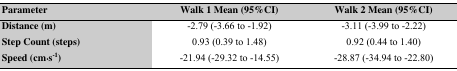
<table><thead><tr><td><b>Parameter</b></td><td><b>Walk 1 Mean (95%CI)</b></td><td><b>Walk 2 Mean (95%CI)</b></td></tr></thead><tbody><tr><td><b>Distance (m)</b></td><td>-2.79 (-3.66 to -1.92)</td><td>-3.11 (-3.99 to -2.22)</td></tr><tr><td><b>Step Count (steps)</b></td><td>0.93 (0.39 to 1.48)</td><td>0.92 (0.44 to 1.40)</td></tr><tr><td><b>Speed (cm·s<sup>-1</sup>)</b></td><td>-21.94 (-29.32 to -14.55)</td><td>-28.87 (-34.94 to -22.80)</td></tr></tbody></table>